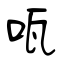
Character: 咓